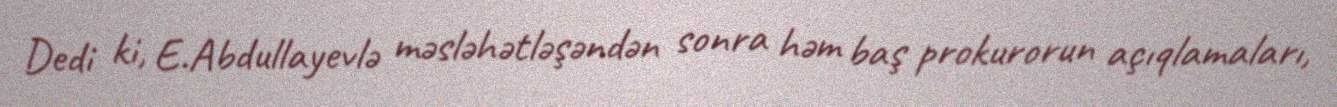
Dedi ki, E.Abdullayevlə məsləhətləşəndən sonra həm baş prokurorun açıqlamaları,